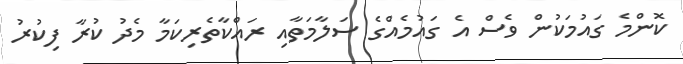
ކޮންމެ ގައުމަކުން ވެސް އެ ގައުމެއްގެ ސަލާމަތާއި ރައްކާތެރިކަމާ މެދު ކުރާ ފިކުރު